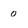
Character: o